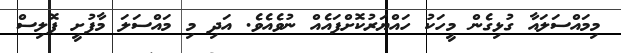
މިމައްސަލައާ ގުޅިގެން މީހަކު ހައްޔަރުކޮށްފައެއް ނުވެއެވެ. އަދި މި މައްސަލަ މާފުށީ ޕޮލިސް